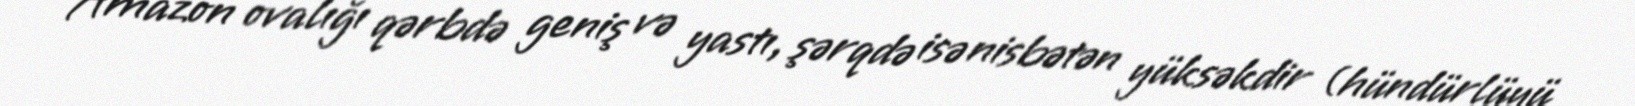
Amazon ovalığı qərbdə geniş və yastı, şərqdə isə nisbətən yüksəkdir (hündürlüyü